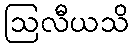
ဩလီယသိ